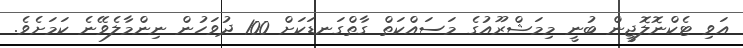
އަވި ޓެކްނޮލޮޖީން ބުނީ މިމަޝްރޫއުގެ މަސައްކަތް ގާތްގަނޑަކަށް 100 ދުވަހުން ނިންމާލެވޭނެ ކަމަށެވެ.